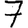
Digit: 7